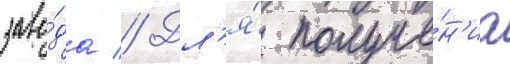
заво́да // Дл'я́ получе́н'иа